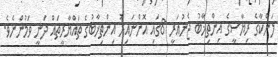
ލަންކާގެ ރިޔާސީގެ އިންތިޚާބު ޖެނުއަރީ 8ގައި އޮންނައިރު އިންތިޚާބުގެ ތައްޔާރީތައް ދަނީ ވަމުންނެވެ.